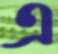
এ